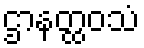
ဌာနတ္ထဝသံ